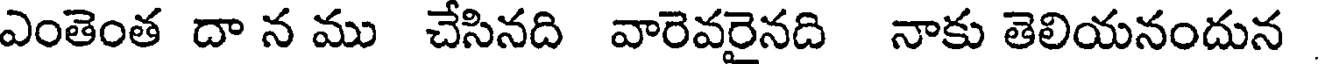
ఎంతెంత దా న ము చేసినది వారెవరైనది నాకు తెలియనందున